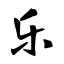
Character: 乐